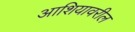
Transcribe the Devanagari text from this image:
आशियावरील